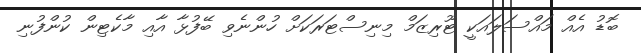
ބޮޑު އެއް މައްސަލައަކީ ޓޫރިޒަމް މިނިސްޓަރަކަށް ހުންނެވި ބޭފުޅާ އާއި މާކެޓިން ކުންފުނި